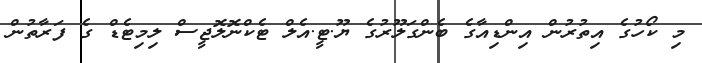
މި ކޯހުގެ އިތުރުން އިންޑިއާގެ ބެންގަލޫރުގެ ޔޫ.ޓީ.އެލް ޓެކްނޮލޮޖީސް ލިމިޓެޑް ގެ ފަރާތުން